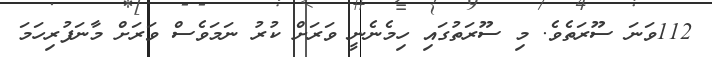
112ވަނަ ސޫރަތެވެ. މި ސޫރަތުގައި ހިމެނެނީ ވަރަށް ކުރު ނަމަވެސް ވަރަށް މާނަފުރިހަމަ